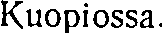
Kuopiossa.